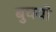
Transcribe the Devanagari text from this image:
बुघयो